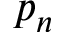
p _ { n }